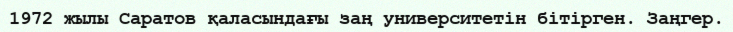
1972 жылы Саратов қаласындағы заң университетін бітірген. Заңгер.